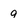
Character: 9